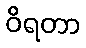
ဝိရတာ